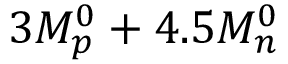
3 M _ { p } ^ { 0 } + 4 . 5 M _ { n } ^ { 0 }